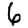
Digit: 6